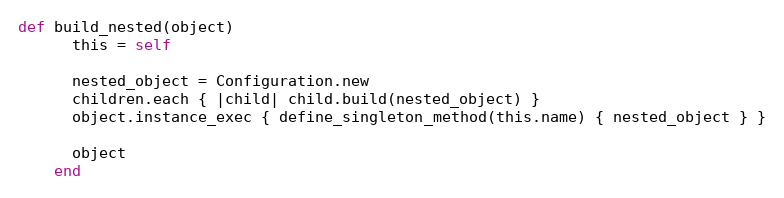
Language: Ruby
def build_nested(object)
      this = self

      nested_object = Configuration.new
      children.each { |child| child.build(nested_object) }
      object.instance_exec { define_singleton_method(this.name) { nested_object } }

      object
    end